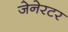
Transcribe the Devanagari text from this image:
जेनेरटर